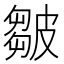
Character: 皺